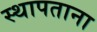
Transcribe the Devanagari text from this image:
स्थापताना